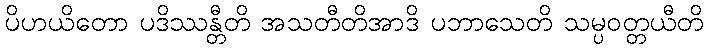
ပိဟယိတော ပဒိဿန္တီတိ အသတီတိအာဒိ ပဘာသေတိ သမ္ပဝတ္တယီတိ